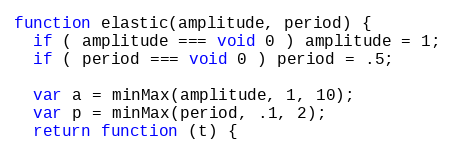
Language: JavaScript
function elastic(amplitude, period) {
  if ( amplitude === void 0 ) amplitude = 1;
  if ( period === void 0 ) period = .5;

  var a = minMax(amplitude, 1, 10);
  var p = minMax(period, .1, 2);
  return function (t) {